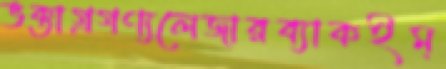
ভক্তাগ্রগণ্যলেজারব্যাকইম্